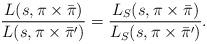
LaTeX: \begin{align*} \frac{L(s, \pi \times \bar \pi)}{L(s, \pi \times \bar \pi')} =\frac{L_S(s, \pi \times \bar \pi)}{L_S(s, \pi \times \bar \pi')}.\end{align*}